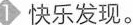
1 快乐发现。